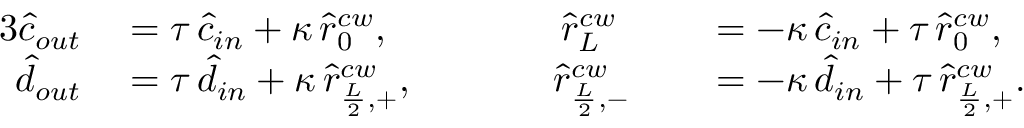
\begin{array} { r l r l } { { 3 } \hat { c } _ { o u t } } & { { } = \tau \, \hat { c } _ { i n } + \kappa \, \hat { r } _ { 0 } ^ { c w } , \; \; \; \; \; \; \; \; \; \; \; \; \; \; \; \; \hat { r } _ { L } ^ { c w } } & { } & { { } = - \kappa \, \hat { c } _ { i n } + \tau \, \hat { r } _ { 0 } ^ { c w } , } \\ { \hat { d } _ { o u t } } & { { } = \tau \, \hat { d } _ { i n } + \kappa \, \hat { r } _ { \frac { L } { 2 } , + } ^ { c w } , \; \; \; \; \; \; \; \; \; \; \; \; \; \hat { r } _ { \frac { L } { 2 } , - } ^ { c w } } & { } & { { } = - \kappa \, \hat { d } _ { i n } + \tau \, \hat { r } _ { \frac { L } { 2 } , + } ^ { c w } . } \end{array}